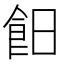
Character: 𩚣